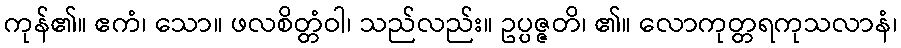
ကုန်၏။ ဧကံ၊ သော။ ဖလစိတ္တံဝါ၊ သည်လည်း။ ဥပ္ပဇ္ဇတိ၊ ၏။ လောကုတ္တရကုသလာနံ၊